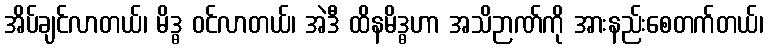
အိပ်ချင်လာတယ်၊ မိဒ္ဓ ဝင်လာတယ်၊ အဲဒီ ထိနမိဒ္ဓဟာ အသိဉာဏ်ကို အားနည်းစေတက်တယ်၊